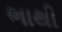
ભાથી